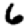
Digit: 6